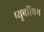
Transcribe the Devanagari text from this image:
प्यूपरियम